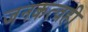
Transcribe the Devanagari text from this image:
जनकत्वही